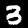
Digit: 3